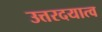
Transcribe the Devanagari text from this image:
उत्तरदयात्व